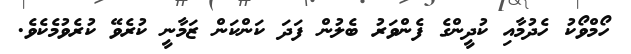
ހޯމްވޯކު ހެދުމާއި ކުދީންގެ ފެންވަރު ބެލުން ފަދަ ކަންކަން ޒަމާނީ ކުރެވޭ ކުރެވުމެކެވެ.